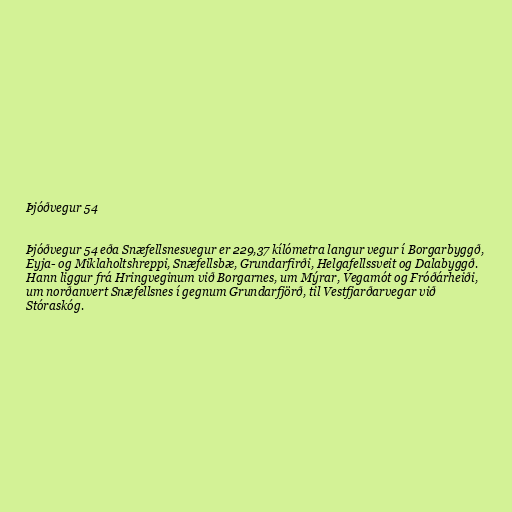
Þjóðvegur 54

Þjóðvegur 54 eða Snæfellsnesvegur er 229,37 kílómetra langur vegur í Borgarbyggð,
Eyja- og Miklaholtshreppi, Snæfellsbæ, Grundarfirði, Helgafellssveit og Dalabyggð.
Hann liggur frá Hringveginum við Borgarnes, um Mýrar, Vegamót og Fróðárheiði,
um norðanvert Snæfellsnes í gegnum Grundarfjörð, til Vestfjarðarvegar við
Stóraskóg.